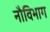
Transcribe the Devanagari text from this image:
नौविभाग